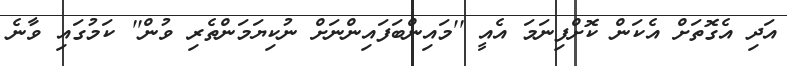
އަދި އެގޮތަށް އެކަން ކޮށްފިނަމަ އެއީ ''މައިންބަފައިންނަށް ނުކިޔަމަންތެރި ވުން'' ކަމުގައި ވާނެ